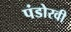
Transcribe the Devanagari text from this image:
पंडोरवी